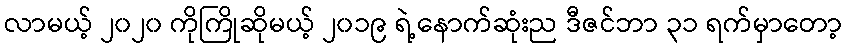
လာမယ့် ၂၀၂၀ ကိုကြိုဆိုမယ့် ၂၀၁၉ ရဲ့နောက်ဆုံးည ဒီဇင်ဘာ ၃၁ ရက်မှာတော့